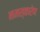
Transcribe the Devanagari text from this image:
नमस्कारेण